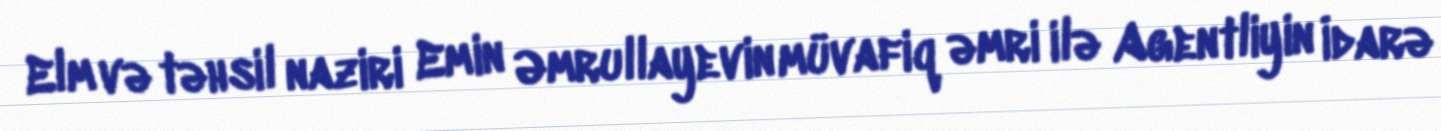
Elm və təhsil naziri Emin Əmrullayevin müvafiq əmri ilə Agentliyin İdarə